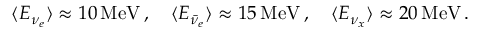
\langle E _ { \nu _ { e } } \rangle \approx 1 0 \, \mathrm { M e V } \, , \quad \langle E _ { \bar { \nu } _ { e } } \rangle \approx 1 5 \, \mathrm { M e V } \, , \quad \langle E _ { \nu _ { x } } \rangle \approx 2 0 \, \mathrm { M e V } \, .